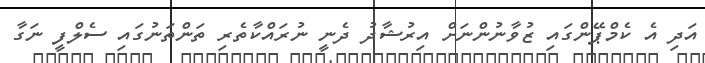
އަދި އެ ކެމްޕޭންގައި ޒުވާނުންނަށް އިރުޝާދު ދެނީ ނުރައްކާތެރި ތަންތަނުގައި ސެލްފީ ނަގާ